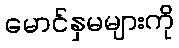
မောင်နှမများကို